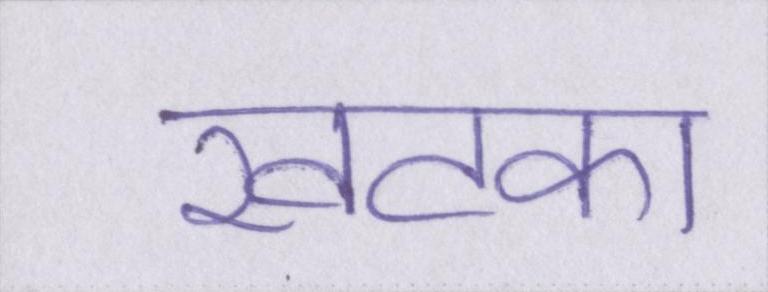
खटका